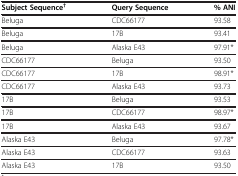
<table><thead><tr><td><b>Subject Sequence<sup>†</sup></b></td><td><b>Query Sequence</b></td><td><b>% ANI</b></td></tr></thead><tbody><tr><td>Beluga</td><td>CDC66177</td><td>93.58</td></tr><tr><td>Beluga</td><td>17B</td><td>93.41</td></tr><tr><td>Beluga</td><td>Alaska E43</td><td>97.91*</td></tr><tr><td>CDC66177</td><td>Beluga</td><td>93.50</td></tr><tr><td>CDC66177</td><td>17B</td><td>98.91*</td></tr><tr><td>CDC66177</td><td>Alaska E43</td><td>93.73</td></tr><tr><td>17B</td><td>Beluga</td><td>93.53</td></tr><tr><td>17B</td><td>CDC66177</td><td>98.97*</td></tr><tr><td>17B</td><td>Alaska E43</td><td>93.67</td></tr><tr><td>Alaska E43</td><td>Beluga</td><td>97.78*</td></tr><tr><td>Alaska E43</td><td>CDC66177</td><td>93.63</td></tr><tr><td>Alaska E43</td><td>17B</td><td>93.50</td></tr></tbody></table>